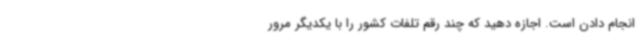
انجام دادن است. اجازه دهید که چند رقم تلفات کشور را با یکدیگر مرور